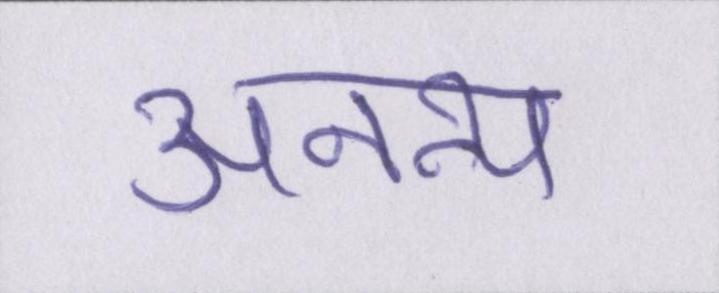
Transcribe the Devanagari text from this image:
अनन्य